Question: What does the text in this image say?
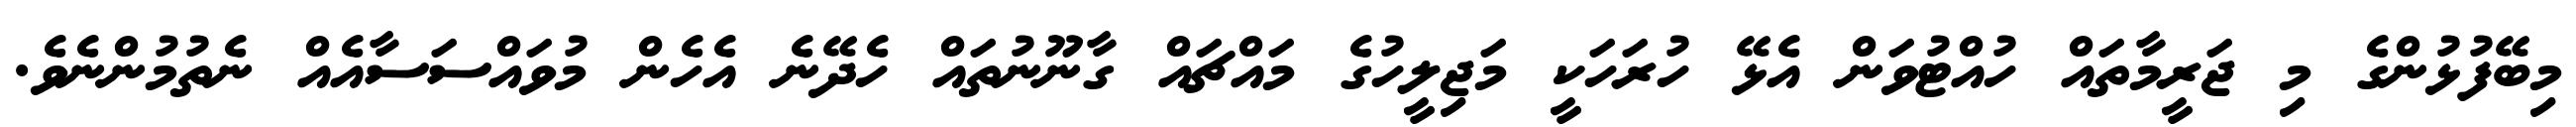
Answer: މިބޭފުޅުންގެ މި ޖަރީމާތައް ހުއްޓުވަން އެޅޭ ހުރަހަކީ މަޖިލީހުގެ މައްޗައް ގާނޫނުތައް ހެދޭނެ އެހެން މުވައްސަސާއެއް ނެތުމުންނެވެ.